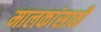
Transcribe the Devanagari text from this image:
मालकांसाठी